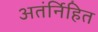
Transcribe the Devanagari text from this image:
अतंर्निहित